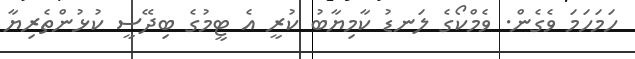
ހަމަހަމަ ވެގެން. ވެމްކޯގެ ލަނޑު ކާމިޔާބު ކުރީ އެ ޓީމުގެ ބިދޭސީ ކުޅުންތެރިޔާ